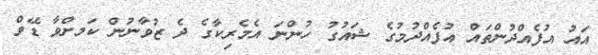
އައު އުފެއްދުންތައް އުފެއްދުމުގެ ޝައުގު ހުންނަ އެމެރިކާގެ ދެ ޒުވާނުން ކަމށްވާ ޑޭވް